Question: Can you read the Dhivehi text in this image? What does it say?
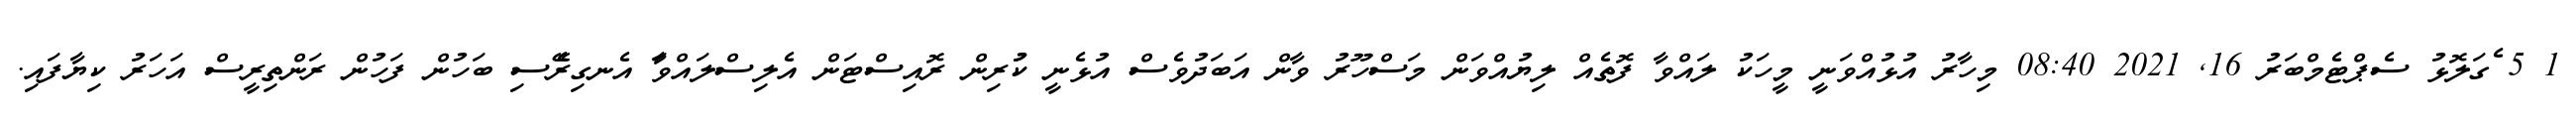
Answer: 1 5 ެގަލޮޅު ސެޕްޓެމްބަރު 16, 2021 08:40 މިހާރު އުޅުއްވަނީ މީހަކު ލައްވާ ފޮތެއް ލިޔުއްވަން މަސްހޫރު ވާން އަބަދުވެސް އުޅެނީ ކުުރިން ރޮއިސްޓަން އެލިސްލައްވަާ އެނގިރެޭސި ބަހުން ފަހުން ރަންތިރީސް އަހަރު ކިޔާފައި.